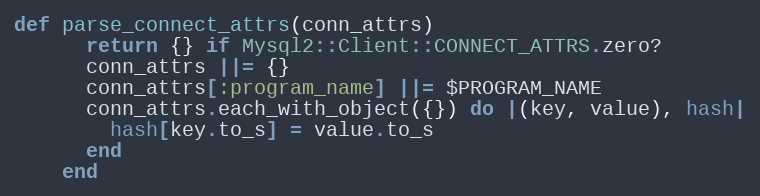
Language: Ruby
def parse_connect_attrs(conn_attrs)
      return {} if Mysql2::Client::CONNECT_ATTRS.zero?
      conn_attrs ||= {}
      conn_attrs[:program_name] ||= $PROGRAM_NAME
      conn_attrs.each_with_object({}) do |(key, value), hash|
        hash[key.to_s] = value.to_s
      end
    end